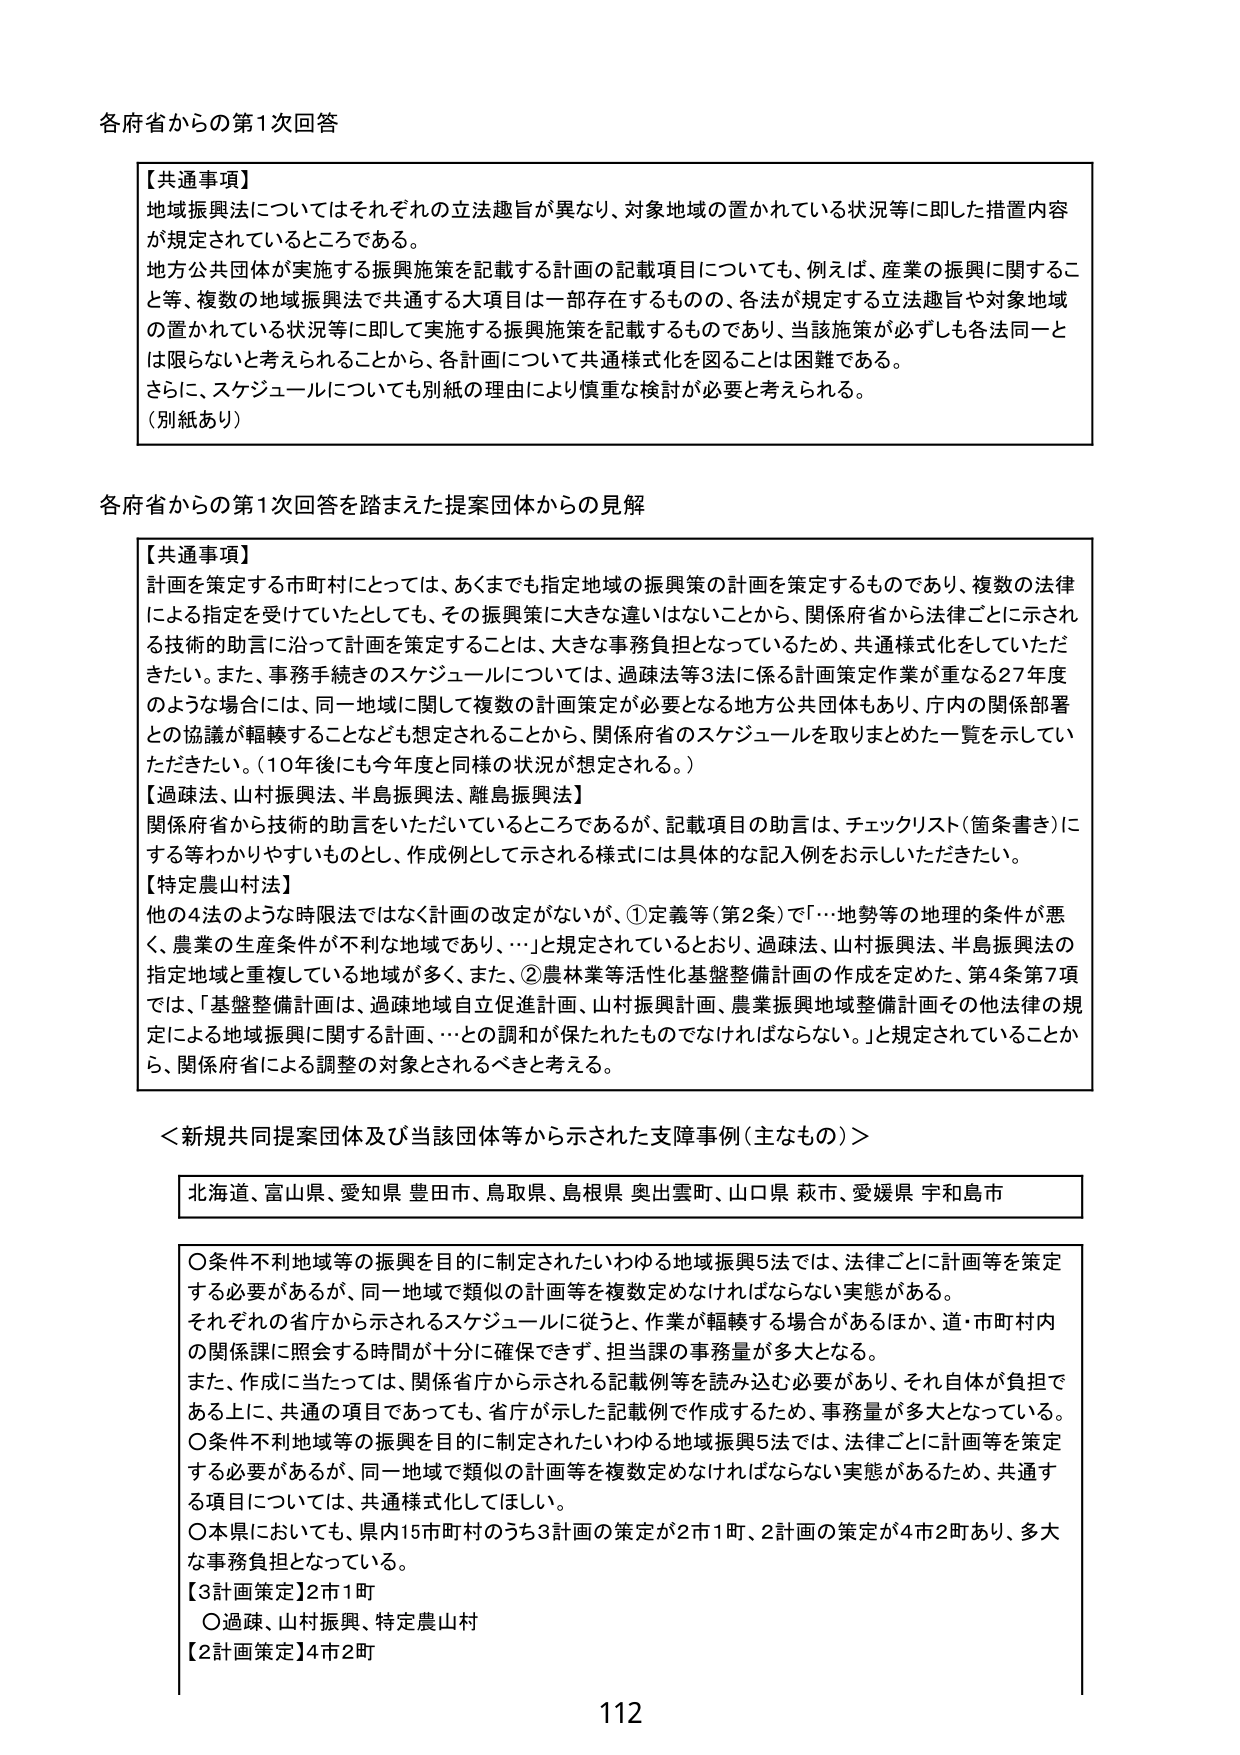
各府省からの第1次回答

【共通事項】
地域振興法についてはそれぞれの立法趣旨が異なり、対象地域の置かれている状況等に即した措置内容が規定されているところである。
地方公共団体が実施する振興施策を記載する計画の記載項目についても、例えば、産業の振興に関するこ
と等、複数の地域振興法で共通する大項目は一部存在するものの、各法が規定する立法趣旨や対象地域
の置かれている状況等に即して実施する振興施策を記載するものであり、当該施策が必ずしも各法同一と
は限らないと考えられることから、各計画について共通様式化を図ることは困難である。
さらに、スケジュールについても別紙の理由により慎重な検討が必要と考えられる。
（別紙あり）

各府省からの第1次回答を踏まえた提案団体からの見解

【共通事項】
計画を策定する市町村にとっては、あくまでも指定地域の振興策の計画を策定するものであり、複数の法律
による指定を受けていたとしても、その振興策に大きな違いはないことから、関係府省から法律ごとに示され
る技術的助言に沿って計画を策定することは、大きな事務負担となっているため、共通様式化をしていただ
きたい。また、事務手続きのスケジュールについては、過疎法等3法に係る計画策定作業が重なる27年度
のような場合には、同一地域に関して複数の計画策定が必要となる地方公共団体もあり、庁内の関係部署
との協議が軽軽することなども想定されることから、関係府省のスケジュールを取りまとめた一覧を示してい
ただきたい。（10年後にも今年度と同様の状況が想定される。）
【過疎法、山村振興法、半島振興法、離島振興法】
関係府省から技術的助言をいただいているところであるが、記載項目の助言は、チェックリスト（箇条書き）に
する等わかりやすいものとし、作成例として示される様式には具体的な記入例をお示しいただきたい。
【特定農山村法】
他の4法のような時限法ではなく計画の改定がないが、①定義等（第2条）で「…地勢等の地理的条件が悪
く、農業の生産条件が不利な地域であり、…」と規定されているとおり、過疎法、山村振興法、半島振興法の
指定地域と重複している地域が多く、また、②農林業等活性化基盤整備計画の作成を定めた、第4条第7項
では、「基盤整備計画は、過疎地域自立促進計画、山村振興計画、農業振興地域整備計画その他法律の規
定による地域振興に関する計画、…との調和が保たれたものでなければならない。」と規定されていることか
ら、関係府省による調整の対象とされるべきと考える。

＜新規共同提案団体及び当該団体等から示された支障事例（主なもの）＞

北海道、富山県、愛知県 豊田市、鳥取県、島根県 奥出雲町、山口県 萩市、愛媛県 宇和島市

〇条件不利地域等の振興を目的に制定されたいわゆる地域振興5法では、法律ごとに計画等を策定
する必要があるが、同一地域で類似の計画等を複数定めなければならない実態がある。
それぞれの省庁から示されるスケジュールに従うと、作業が軽軽する場合があるほか、道・市町村内
の関係課に照会する時間が十分に確保できず、担当課の事務量が多大となる。
また、作成に当たっては、関係省庁から示される記載例等を読み込む必要があり、それ自体が負担で
ある上に、共通の項目であっても、省庁が示した記載例で作成するため、事務量が多大となっている。
〇条件不利地域等の振興を目的に制定されたいわゆる地域振興5法では、法律ごとに計画等を策定
する必要があるが、同一地域で類似の計画等を複数定めなければならない実態があるため、共通す
る項目については、共通様式化してほしい。
〇本県においても、県内15市町村のうち3計画の策定が2市1町、2計画の策定が4市2町あり、多大
な事務負担となっている。
【3計画策定】2市1町
〇過疎、山村振興、特定農山村
【2計画策定】4市2町

112